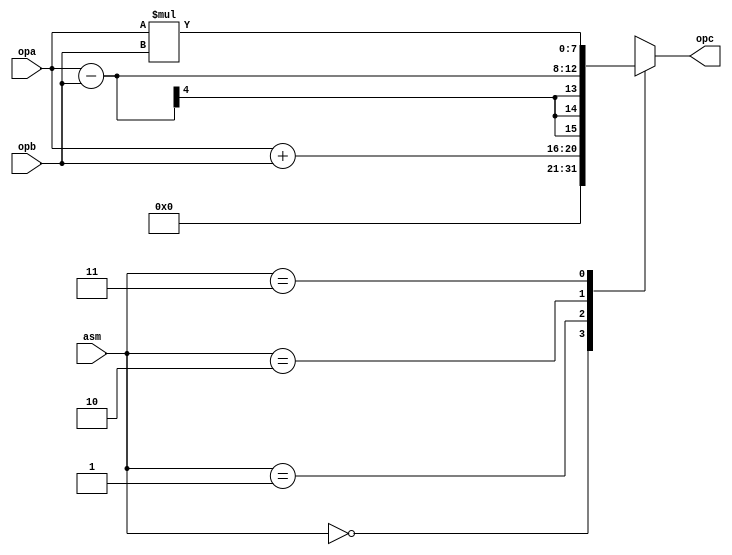
`timescale 1ns / 1ps


module ALU(
    input [3:0] opa,
    input [3:0] opb,
    input [1:0] asm,
    output [7:0] opc
    );
    reg [7:0] ropc=0;
    always@(*)
    begin
    case(asm)
            2'b00: 
            begin
            ropc <= 0;
            end
            
            2'b01://ADD
            begin
            ropc <=opa+opb;
            end 
            
            2'b10://SUBTRACT
            begin
            ropc= opa-opb;
            end 
            
            2'b11: //MULTIPICATION
            begin
             ropc = opa * opb;
            end 
           
        endcase
   end 
   assign opc = ropc;
endmodule